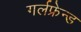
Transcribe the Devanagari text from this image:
गर्लफ्रेन्ड